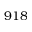
9 1 8